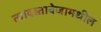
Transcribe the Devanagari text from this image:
त्यादस्तावेजामधील